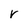
Character: r